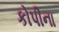
કોપીના